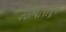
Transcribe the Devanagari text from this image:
उठल्यापासून